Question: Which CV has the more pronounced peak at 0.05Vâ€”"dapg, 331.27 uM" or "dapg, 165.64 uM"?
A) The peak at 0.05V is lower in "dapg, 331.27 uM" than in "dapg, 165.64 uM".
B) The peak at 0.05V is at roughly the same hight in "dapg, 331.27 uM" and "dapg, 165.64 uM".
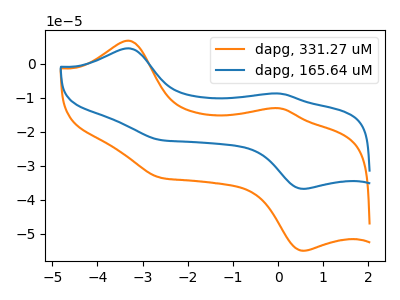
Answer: <think>The orange curve "dapg, 331.27 uM" has anodic peaks at (-3.30V, 6.80uA) (0.05V, -13.15uA) and cathodic peaks at (0.55V, -54.95uA) (-2.60V, -33.50uA). The blue curve "dapg, 165.64 uM" has anodic peaks at (-3.30V, 4.55uA) (0.05V, -8.80uA) and cathodic peaks at (0.55V, -36.75uA) (-2.60V, -22.40uA).</think>
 <answer>A) The peak at 0.05V is lower in "dapg, 331.27 uM" than in "dapg, 165.64 uM".</answer>
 <eval>A</eval>